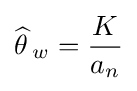
{\widehat {\theta \,}}_{w}={K \over a_{n}}